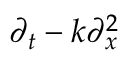
\partial _ { t } - k \partial _ { x } ^ { 2 }